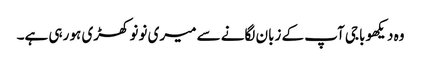
وہ دیکھو باجی آپ کے زبان لگانے سے میری نونو کھڑی ہو رہی ہے۔